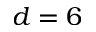
d = 6